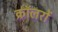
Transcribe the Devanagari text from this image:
क्रॉलरों